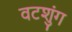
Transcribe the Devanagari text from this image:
वटशुंग